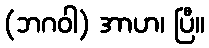
(ဘဂဝါ) အာဟ၊ ပြီ။